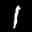
Label: 1